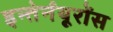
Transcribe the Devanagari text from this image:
इन्तेर्नयूरोंस